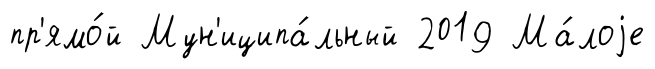
пр'ямо́й Мун'иципа́льный 2019 Ма́лоjе